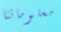
معلوماتنا